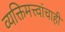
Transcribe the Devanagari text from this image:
व्यक्तिमत्त्वांचाही